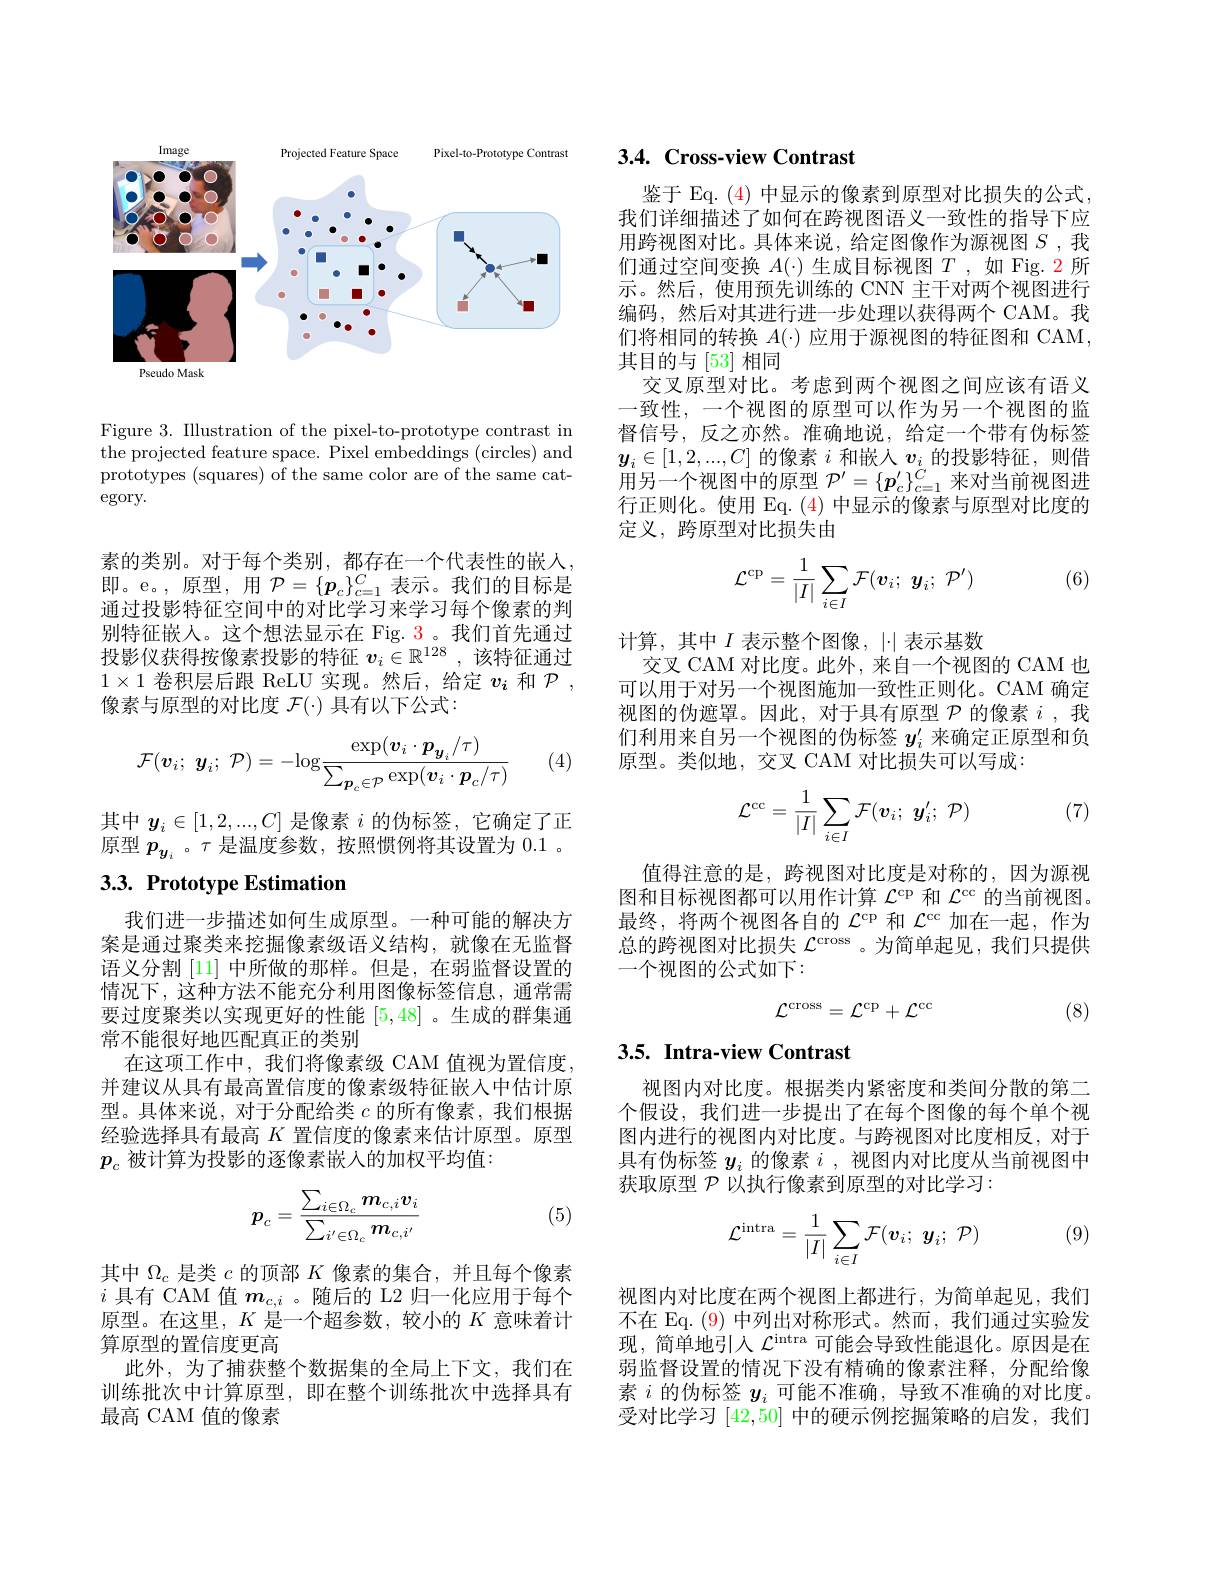
<FigureHere>

Figure 3. Illustration of the pixel-to-prototype contrast in the projected feature space. Pixel embeddings (circles) and prototypes (squares) of the same color are of the same category.

素的类别。对于每个类别，都存在一个代表性的嵌人， 即。e。,原型，用$\mathcal{P}=\{\boldsymbol{p}_c\}_{c=1}^C$表示。我们的目标是通过投影特征空间中的对比学习来学习每个像素的判别特征嵌人。这个想法显示在 Fig. 3。我们首先通过投影仪获得按像素投影的特征$v_i\in\mathbb{R}^{128}$ ,该特征通过$1\times1$卷积层后跟 ReLU 实现。然后，给定$v_i$和$\mathcal{P}$, 像素与原型的对比度$\mathcal{F}(\cdot)$具有以下公式：

(4)
$$\mathcal{F}(\boldsymbol{v}_i;\:\boldsymbol{y}_i;\:\mathcal{P})=-\log\frac{\exp(\boldsymbol{v}_i\cdot\boldsymbol{p}_{\boldsymbol{y}_i}/\tau)}{\sum_{\boldsymbol{p}_c\in\mathcal{P}}\exp(\boldsymbol{v}_i\cdot\boldsymbol{p}_c/\tau)}$$
其中$y_i\in[1,2,...,C]$是像素$i$的伪标签，它确定了正原型$p_{y_i}$。$\tau$是温度参数，按照惯例将其设置为0.1 。

# 3.3. Prototype Estimation

我们进一步描述如何生成原型。一种可能的解决方案是通过聚类来挖掘像素级语义结构，就像在无监督语义分割[11] 中所做的那样。但是，在弱监督设置的情况下，这种方法不能充分利用图像标签信息，通常需要过度聚类以实现更好的性能[5,48] 。生成的群集通常不能很好地匹配真正的类别
在这项工作中，我们将像素级 CAM 值视为置信度。并建议从具有最高置信度的像素级特征嵌入中估计原型。具体来说，对于分配给类$c$的所有像素，我们根据经验选择具有最高$K$置信度的像素来估计原型。原型$p_c$被计算为投影的逐像素嵌入的加权平均值：
$$p_c=\frac{\sum_{i\in\Omega_c}m_{c,i}v_i}{\sum_{i'\in\Omega_c}m_{c,i'}}$$
(5)

其中$\Omega_{c}$是类$c$的顶部$K$像素的集合，并且每个像素$i$具有 CAM 值$m_{c,i}$ 。随后的 L2 归一化应用于每个原型。在这里，$K$是一个超参数，较小的$K$意味着计算原型的置信度更高
此外，为了捕获整个数据集的全局上下文，我们在训练批次中计算原型，即在整个训练批次中选择具有最高 CAM 值的像素

## 3.4. Cross-view Contrast

鉴于 Eq. (4) 中显示的像素到原型对比损失的公式， 我们详细描述了如何在跨视图语义一致性的指导下应用跨视图对比。具体来说，给定图像作为源视图$S$ ,我们通过空间变换$A(\cdot)$生成目标视图$T$ ,如 Fig. 2 所示。然后，使用预先训练的 CNN 主干对两个视图进行编码，然后对其进行进一步处理以获得两个 CAM。我们将相同的转换$A(\cdot)$应用于源视图的特征图和 CAM, 其目的与[53]相同
交叉原型对比。考虑到两个视图之间应该有语义一致性，一个视图的原型可以作为另一个视图的监督信号，反之亦然。准确地说，给定一个带有伪标签$y_i\in[1,2,...,C]$的像素$i$和嵌入$v_i$的投影特征，则借用另一个视图中的原型$\mathcal{P}^\prime=\{\boldsymbol{p}_c^{\prime}\}_{c=1}^C$来对当前视图进行正则化。使用 Eq. (4) 中显示的像素与原型对比度的定义，跨原型对比损失由

(6)
$$\mathcal{L}^{\mathrm{cp}}=\frac{1}{|I|}\sum_{i\in I}\mathcal{F}(\boldsymbol{v}_{i};\:\boldsymbol{y}_{i};\:\mathcal{P}^{\prime})$$
计算，其中$I$表示整个图像，$|\cdot|$表示基数
交叉 CAM 对比度。此外，来自一个视图的 CAM 也可以用于对另一个视图施加一致性正则化。CAM 确定视图的伪遮罩。因此，对于具有原型$\mathcal{P}$的像素$i$ ,我们利用来自另一个视图的伪标签$y_i^{\prime}$来确定正原型和负原型。类似地，交叉 CAM 对比损失可以写成：

(7)
$$\mathcal{L}^{\mathrm{cc}}=\frac{1}{|I|}\sum_{i\in I}\mathcal{F}(\boldsymbol{v}_{i};\:\boldsymbol{y}_{i}';\:\mathcal{P})$$
值得注意的是，跨视图对比度是对称的，因为源视图和目标视图都可以用作计算$\mathcal{L}^\mathrm{cp}$和$\mathcal{L}^\mathrm{cc}$的当前视图。最终，将两个视图各自的$\mathcal{L}^\mathrm{cp}$和$\mathcal{L}^\mathrm{cc}$加在一起，作为总的跨视图对比损失$\mathcal{L}^\mathrm{cross}$ 。为简单起见，我们只提供一个视图的公式如下：
$$\mathcal{L}^{\mathrm{cross}}=\mathcal{L}^{\mathrm{cp}}+\mathcal{L}^{\mathrm{cc}}$$
(8)

## 3.5. Intra-view Contrast

视图内对比度。根据类内紧密度和类间分散的第二个假设，我们进一步提出了在每个图像的每个单个视图内进行的视图内对比度。与跨视图对比度相反，对于具有伪标签$y_i$的像素$i$,视图内对比度从当前视图中获取原型$\mathcal{P}$以执行像素到原型的对比学习：

(9)
$$\mathcal{L}^{\text{intra}}=\frac{1}{|I|}\sum_{i\in I}\mathcal{F}(\boldsymbol{v}_{i};\:\boldsymbol{y}_{i};\:\mathcal{P})$$
视图内对比度在两个视图上都进行，为简单起见，我们不在 Eq. (9) 中列出对称形式。然而，我们通过实验发现，简单地引入$\mathcal{L}^\mathrm{intra}$可能会导致性能退化。原因是在弱监督设置的情况下没有精确的像素注释，分配给像素$i$的伪标签$y_i$可能不准确，导致不准确的对比度。受对比学习[42,50]中的硬示例挖掘策略的启发，我们